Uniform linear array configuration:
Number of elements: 16
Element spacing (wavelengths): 0.75
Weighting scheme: uniform
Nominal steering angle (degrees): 45
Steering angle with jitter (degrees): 45.812
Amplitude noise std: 0.05
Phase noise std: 0.05

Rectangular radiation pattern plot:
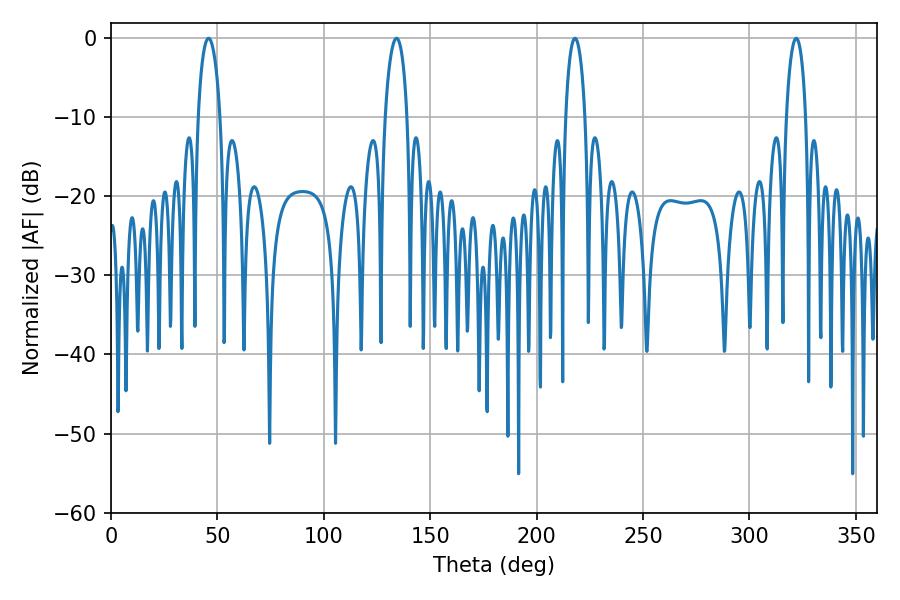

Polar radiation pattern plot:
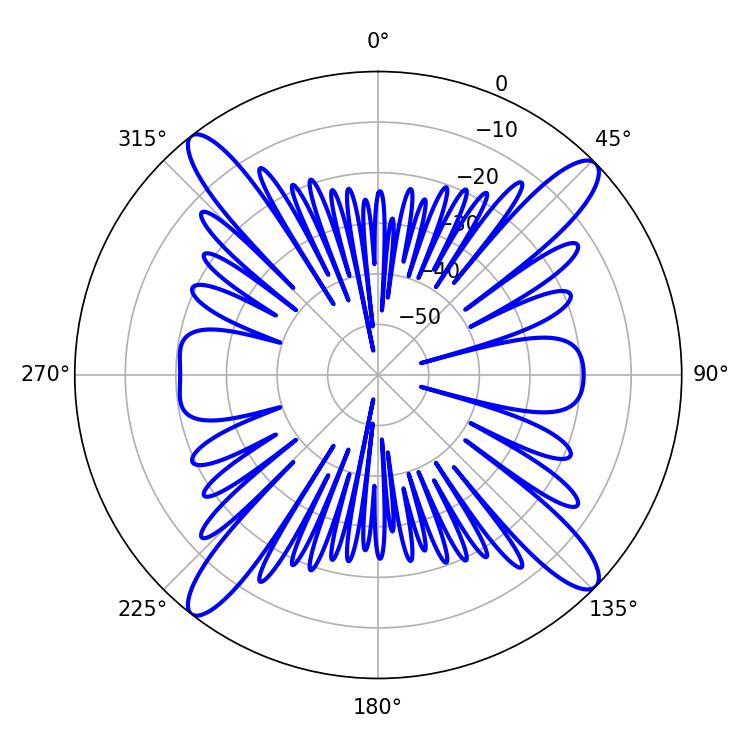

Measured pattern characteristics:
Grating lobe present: TRUE
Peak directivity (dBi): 17.06
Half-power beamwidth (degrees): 5.22
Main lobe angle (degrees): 217.98